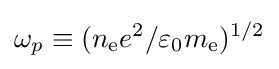
\omega _{p}\equiv (n_{\text{e}}e^{2}/\varepsilon _{0}m_{\text{e}})^{1/2}